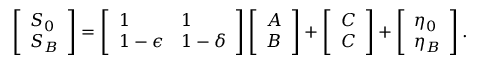
\left[ \begin{array} { l } { S _ { 0 } } \\ { S _ { B } } \end{array} \right] = \left[ \begin{array} { l l } { 1 } & { 1 } \\ { 1 - \epsilon } & { 1 - \delta } \end{array} \right] \left[ \begin{array} { l } { A } \\ { B } \end{array} \right] + \left[ \begin{array} { l } { C } \\ { C } \end{array} \right] + \left[ \begin{array} { l } { \eta _ { 0 } } \\ { \eta _ { B } } \end{array} \right] .